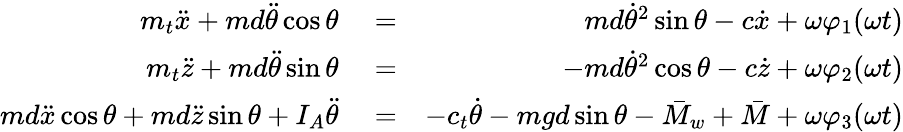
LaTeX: \begin{array}{rlr}{m_{t}\ddot{x}+md\ddot{\theta}\cos\theta}&{{}=}&{md\dot{\theta}^{2}\sin\theta-c\dot{x}+\omega\varphi_{1}(\omega t)}\\ {m_{t}\ddot{z}+md\ddot{\theta}\sin\theta}&{{}=}&{-md\dot{\theta}^{2}\cos\theta-c\dot{z}+\omega\varphi_{2}(\omega t)}\\ {md\ddot{x}\cos\theta+md\ddot{z}\sin\theta+I_{A}\ddot{\theta}}&{{}=}&{-c_{t}\dot{\theta}-mgd\sin\theta-\bar{M}_{w}+\bar{M}+\omega\varphi_{3}(\omega t)}\end{array}